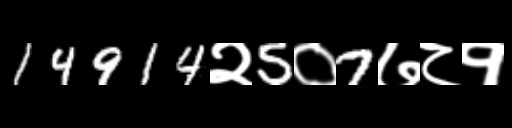
Text: 14914२5०7७८१